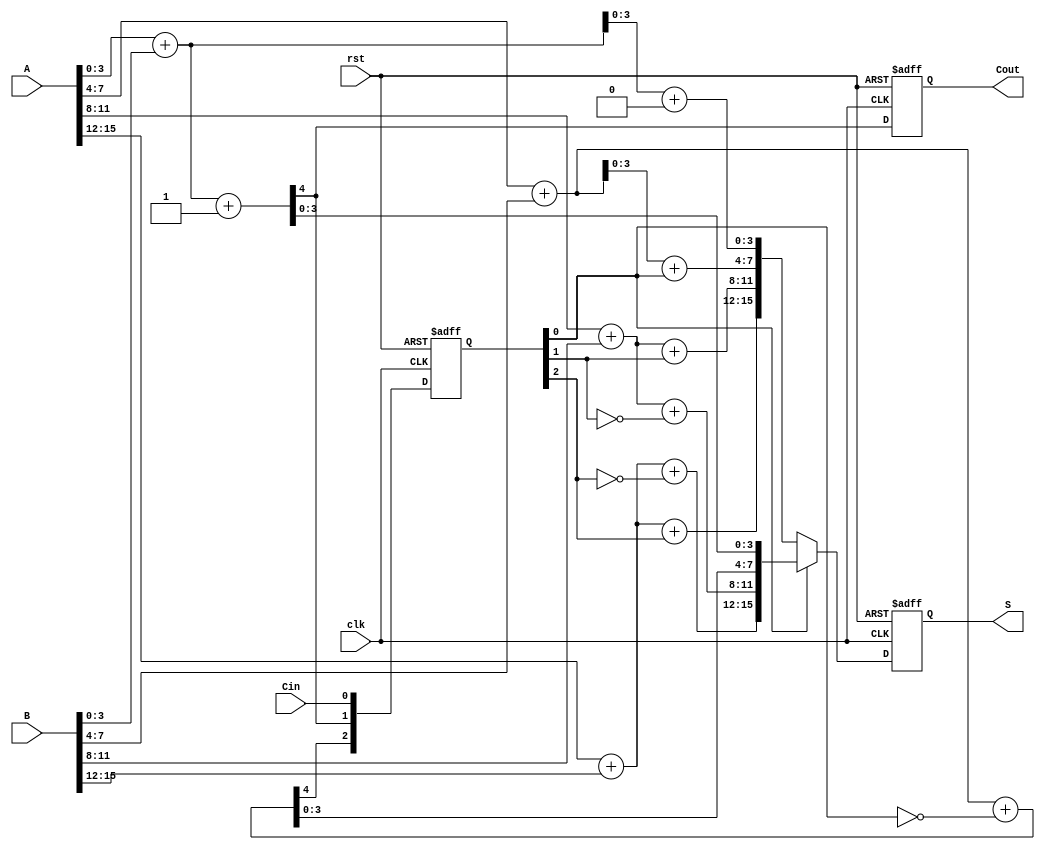
module Pipelined_CSA (
    input  wire [15:0] A,       // First 16-bit input
    input  wire [15:0] B,       // Second 16-bit input
    input  wire Cin,            // Carry-in
    input  wire clk,            // Clock signal
    input  wire rst,            // Reset signal
    output reg [15:0] S,        // 16-bit sum output
    output reg Cout             // Carry-out
);

    // Intermediate signals for carry and sum
    wire [15:0] S0, S1;         // Sums assuming Cin = 0 and Cin = 1
    wire [3:0] Cout_stage;      // Carry-out from each stage
    wire [3:0] Cin_stage;       // Carry-in for each stage

    // Stage 1: Compute Sums and Carry-outs
    always @(*) begin
        {Cout_stage[0], S0[3:0]} = A[3:0] + B[3:0] + 0; // Cin = 0
        {Cout_stage[0], S1[3:0]} = A[3:0] + B[3:0] + 1; // Cin = 1
    end

    // Stage 2: Compute Sums and Carry-outs
    always @(*) begin
        {Cout_stage[1], S0[7:4]} = A[7:4] + B[7:4] + Cin_stage[0]; // Use Cout from stage 1
        {Cout_stage[1], S1[7:4]} = A[7:4] + B[7:4] + ~Cin_stage[0]; // Use inverted Cout
    end

    // Stage 3: Compute Sums and Carry-outs
    always @(*) begin
        {Cout_stage[2], S0[11:8]} = A[11:8] + B[11:8] + Cin_stage[1]; // Use Cout from stage 2
        {Cout_stage[2], S1[11:8]} = A[11:8] + B[11:8] + ~Cin_stage[1]; // Use inverted Cout
    end

    // Stage 4: Compute Sums and Carry-outs
    always @(*) begin
        {Cout_stage[3], S0[15:12]} = A[15:12] + B[15:12] + Cin_stage[2]; // Use Cout from stage 3
        {Cout_stage[3], S1[15:12]} = A[15:12] + B[15:12] + ~Cin_stage[2]; // Use inverted Cout
    end

    // Pipeline registers for carry-in and sums
    always @(posedge clk or posedge rst) begin
        if (rst) begin
            S <= 16'b0;
            Cout <= 1'b0;
            Cin_stage <= 4'b0;
        end else begin
            // Stage 1 output
            Cin_stage[0] <= Cin;
            S <= (Cin_stage[0] ? S1 : S0);
            Cout <= Cout_stage[0];

            // Stage 2 output
            Cin_stage[1] <= Cout_stage[0];

            // Stage 3 output
            Cin_stage[2] <= Cout_stage[1];

            // Stage 4 output
            Cin_stage[3] <= Cout_stage[2];
        end
    end

endmodule